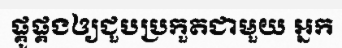
ផ្គូផ្គងឲ្យជួបប្រកួតជាមួយ អ្នក